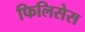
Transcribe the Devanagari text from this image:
फिलिसेस